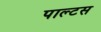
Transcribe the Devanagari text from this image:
पाल्टस